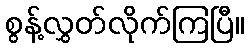
စွန့်လွှတ်လိုက်ကြပြီ။